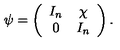
\psi = \left( \begin{array} { c c } { I _ { n } } & { \chi } \\ { 0 } & { I _ { n } } \\ \end{array} \right) .